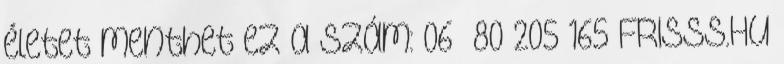
életet menthet ez a szám: 06 80 205 165 FRISSS.HU